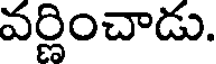
వర్ణించాడు.